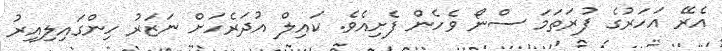
އެރޭ އަހަރުގެ ފުރަތަމަ ސްނޯ ވެހެން ފެށިއެވެ. ކައިލް އުދަރެހަށް ނަޒަރު ހިންގައިލިއިރު